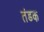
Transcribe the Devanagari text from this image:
तंडक